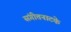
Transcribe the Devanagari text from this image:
संगीतनाटके